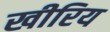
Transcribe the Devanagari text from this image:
खीरिय